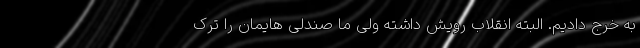
به خرج دادیم. البته انقلاب رویش داشته ولی ما صندلی هایمان را ترک